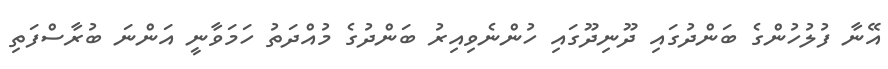
އޭނާ ފުލުހުންގެ ބަންދުގައި ދޫނިދޫގައި ހުންނެވިއިރު ބަންދުގެ މުއްދަތު ހަމަވާނީ އަންނަ ބުރާސްފަތި